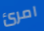
امرئ